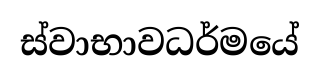
ස්වාභාවධර්මයේ